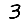
Digit: 3